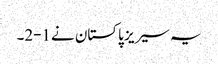
یہ سیریز پاکستان نے1-2۔